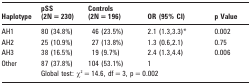
<table><thead><tr><td><b>Haplotype</b></td><td><b>pSS(2N = 230)</b></td><td><b>Controls(2N = 196)</b></td><td><b>OR (95% CI)</b></td><td><b>p Value</b></td></tr></thead><tbody><tr><td>AH1</td><td>80 (34.8%)</td><td>46 (23.5%)</td><td>2.1 (1.3,3.3)*</td><td>0.002</td></tr><tr><td>AH2</td><td>25 (10.9%)</td><td>27 (13.8%)</td><td>1.3 (0.6,2.1)</td><td>0.75</td></tr><tr><td>AH3</td><td>38 (16.5%)</td><td>19 (9.7%)</td><td>2.4 (1.3,4.4)</td><td>0.006</td></tr><tr><td>Other</td><td>87 (37.8%)</td><td>104 (53.1%)</td><td>1</td><td></td></tr><tr><td></td><td colspan="4">Global test: χ<sup>2</sup> = 14.6, df = 3, p = 0.002</td></tr></tbody></table>